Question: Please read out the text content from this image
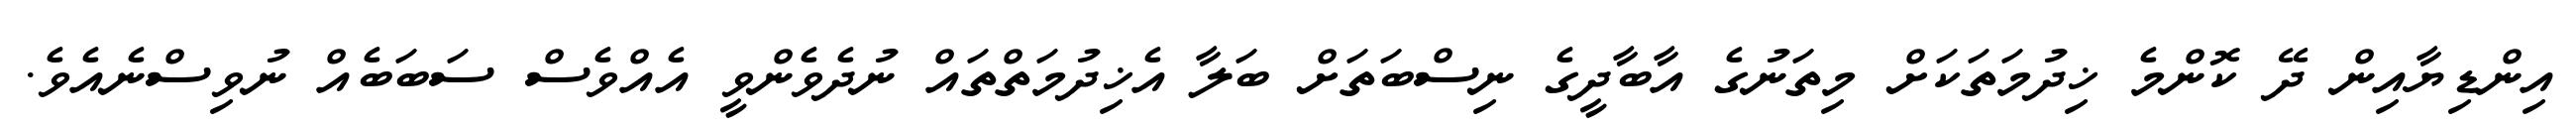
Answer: އިންޑިޔާއިން ދޭ ކޮންމެ ޚިދުމަތަކަށް މިތަނުގެ އާބާދީގެ ނިސްބަތަށް ބަލާ އެޚިދުމަތްތައް ނުދެވެންވީ އެއްވެސް ސަބަބެއް ނުވިސްނެއެވެ.